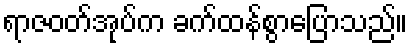
ရာဇဝတ်အုပ်က ခက်ထန်စွာပြောသည်။